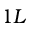
1 L